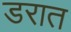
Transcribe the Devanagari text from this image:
डरात